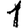
Digit: 1